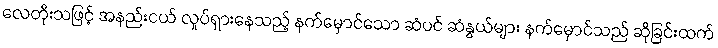
လေတိုးသဖြင့် အနည်းငယ် လှုပ်ရှားနေသည့် နက်မှောင်သော ဆံပင် ဆံနွယ်များ နက်မှောင်သည် ဆိုခြင်းထက်